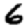
Digit: 6